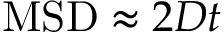
\mathrm { M S D } \approx 2 D t